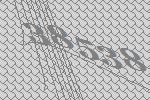
38538